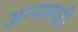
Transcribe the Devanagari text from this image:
अन्‍नासाठी